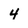
Character: 4